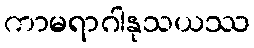
ကာမရာဂါနုသယဿ